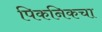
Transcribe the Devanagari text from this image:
पिकनिकचा